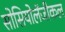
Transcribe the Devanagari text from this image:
सोसियोलॅजीकल